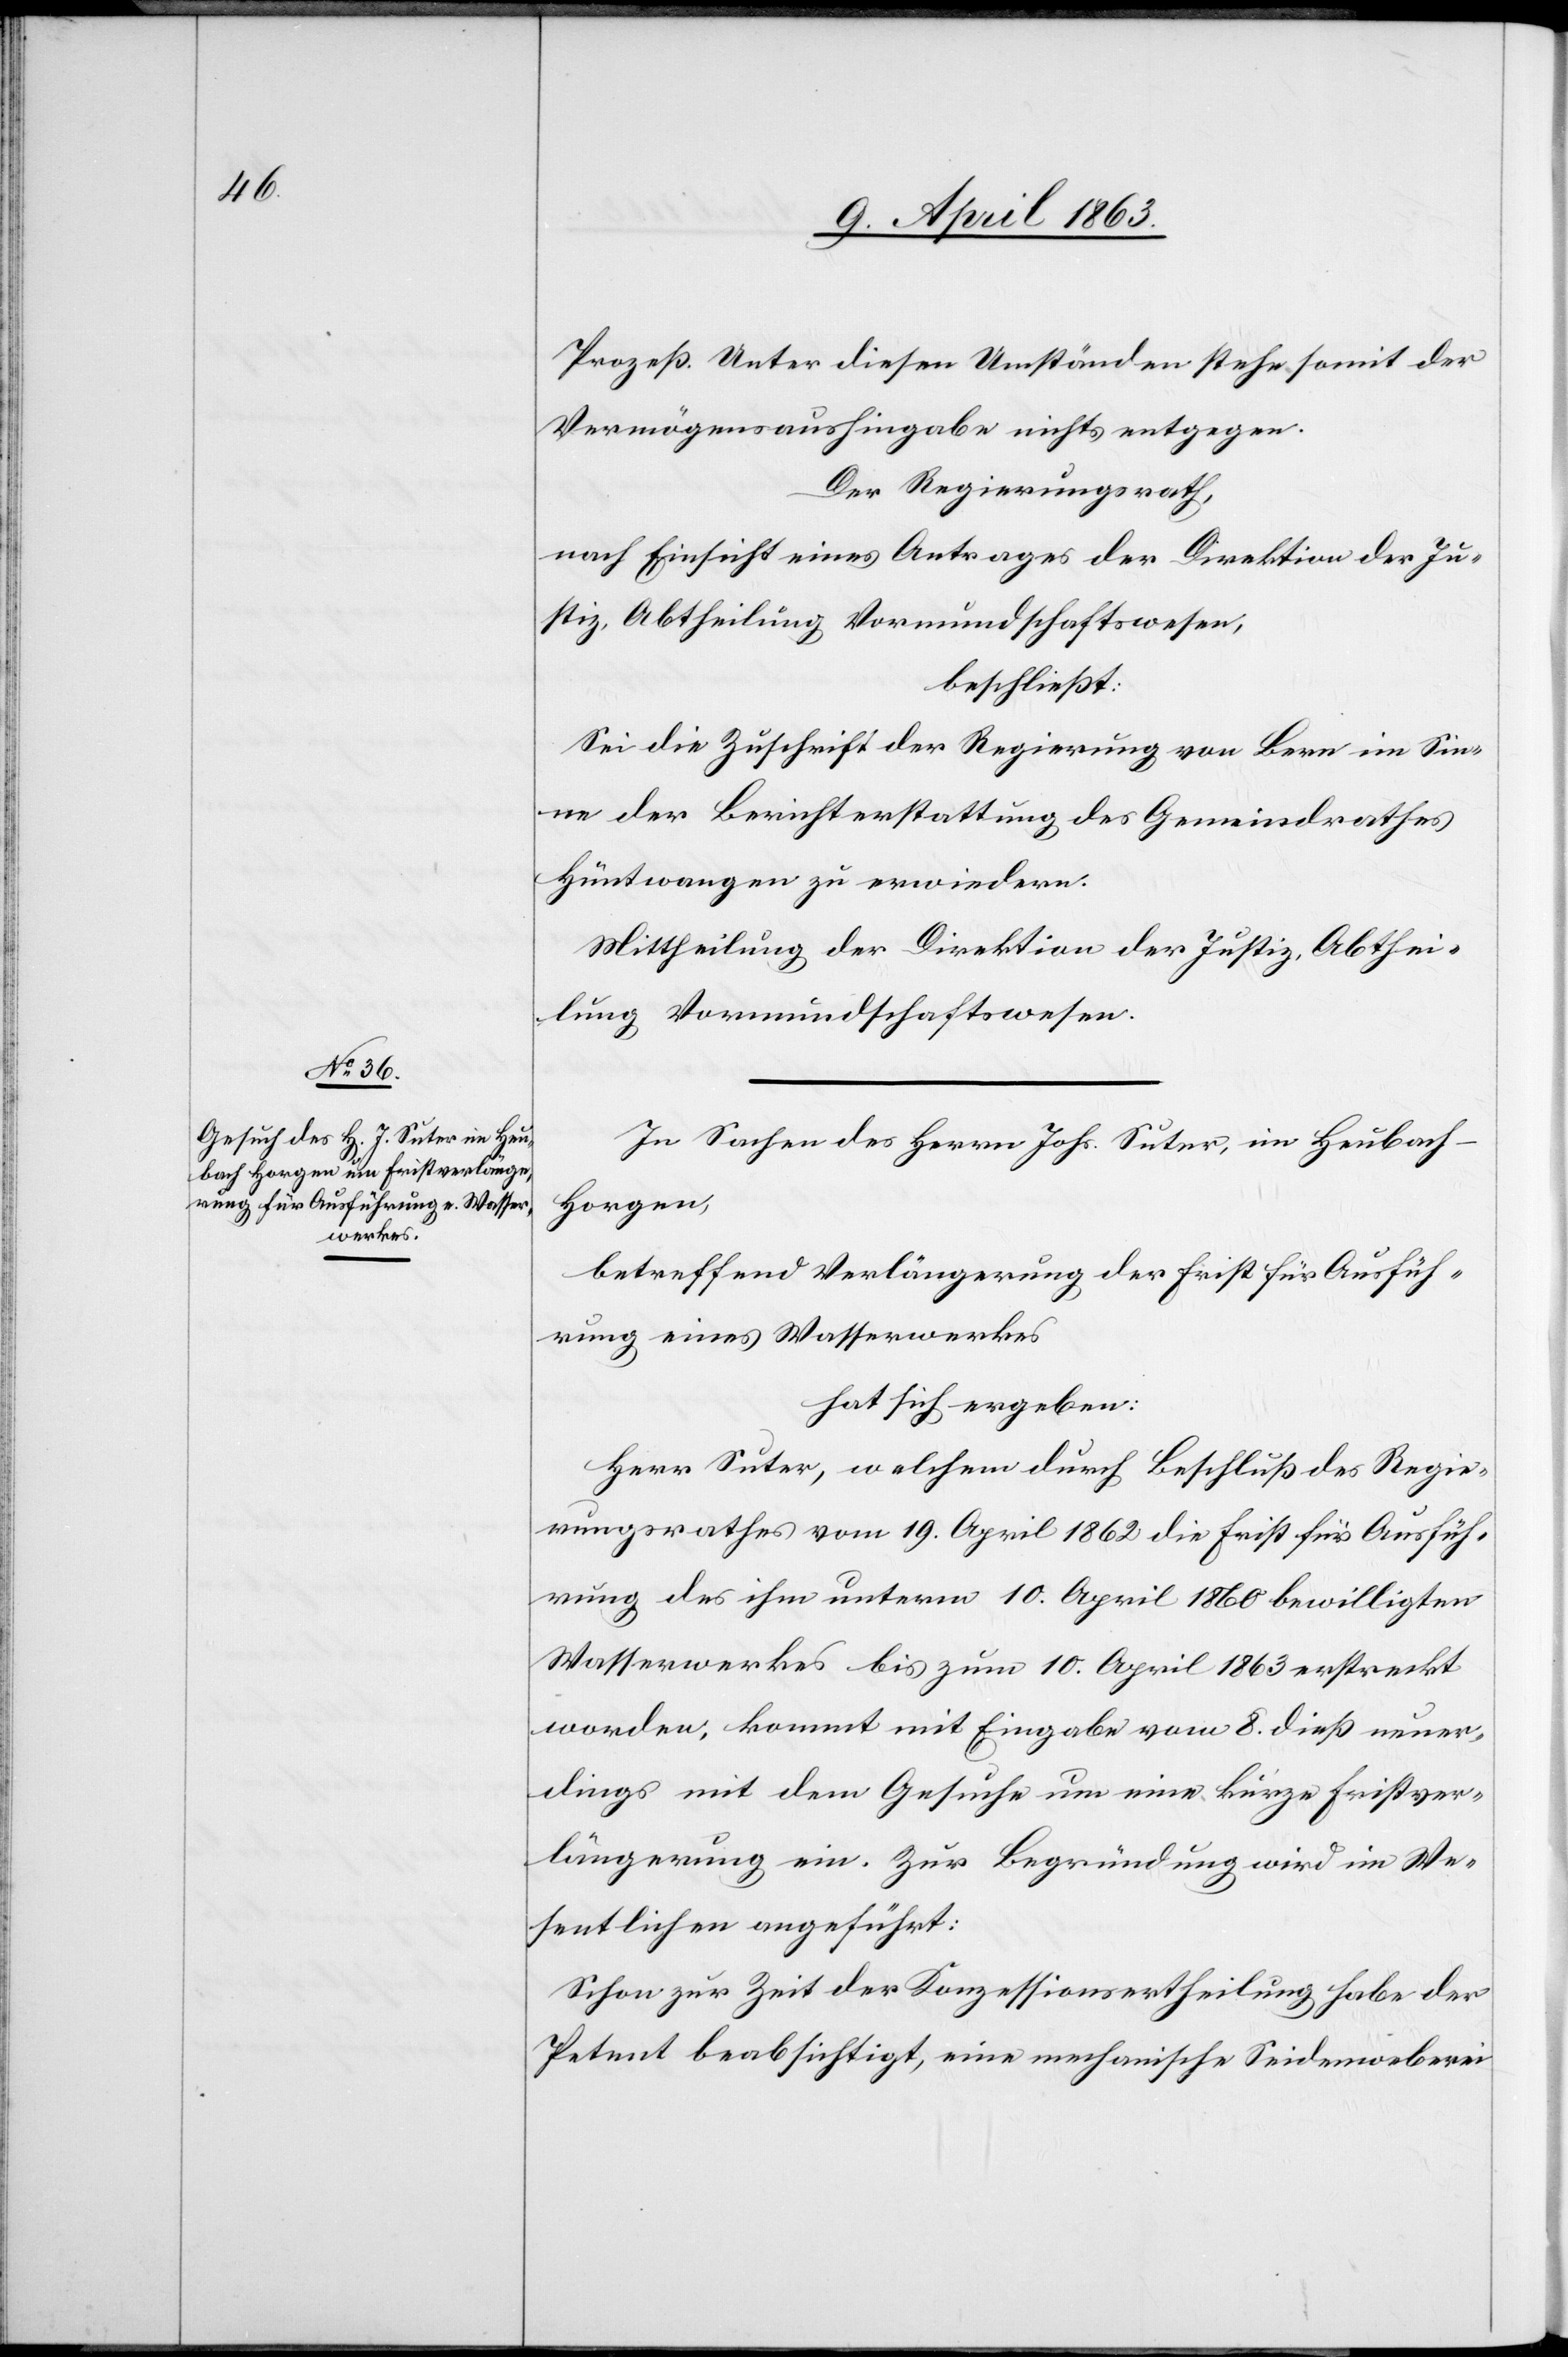
Prozeß. Unter diesen Umständen stehe somit der
Vermögensaushingabe nichts entgegen.
Der Regierungsrath,
nach Einsicht eines Antrages der Direktion der Ju¬
stiz, Abtheilung Vormundschaftswesen,
beschließt:
Sei die Zuschrift der Regierung von Bern im Sin¬
ne der Berichterstattung des Gemeindrathes
Hüntwangen zu erwiedern.
Mittheilung der Direktion der Justiz, Abthei¬
lung Vormundschaftswesen.
In Sachen des Herrn Johs. Suter, im Heubach –
Horgen,
betreffend Verlängerung der Frist für Ausfüh¬
rung eines Wasserwerkes
hat sich ergeben:
Herr Suter, welchem durch Beschluß des Regie¬
rungsrathes vom 19. April 1862 die Frist für Ausfüh¬
rung des ihm unterm 10. April 1860 bewilligten
Wasserwerkes bis zum 10. April 1863 erstreckt
worden, kommt mit Eingabe vom 8. dieß neuer¬
dings mit dem Gesuche um eine kurze Fristver¬
längerung ein. Zur Begründung wird im We¬
sentlichen angeführt:
Schon zur Zeit der Konzessionsertheilung habe der
Petent beabsichtigt, eine mechanische Seidenweberei